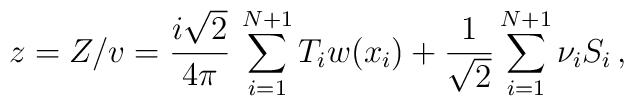
z = Z/v= {i\sqrt{2}\over 4\pi}\,\sum_{i=1}^{N+1}T_{i}w(x_{i}) +{1\over\sqrt{2}}\sum_{i=1}^{N+1} \nu_{i}S_{i}\, ,